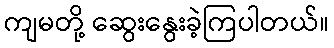
ကျမတို့ ဆွေးနွေးခဲ့ကြပါတယ်။